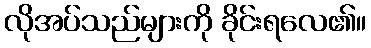
လိုအပ်သည်များကို ခိုင်းရလေ၏။